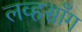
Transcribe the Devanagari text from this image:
लव्हसाँग